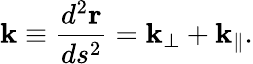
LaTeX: {\mathbf k}\equiv\frac{d^{2}{\mathbf r}}{ds^{2}}={\mathbf k}_{\bot}+{\mathbf k}_{\| }.